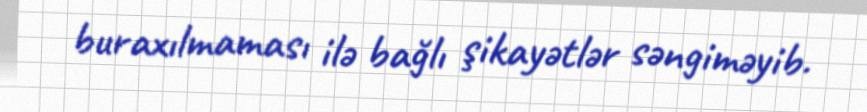
buraxılmaması ilə bağlı şikayətlər səngiməyib.